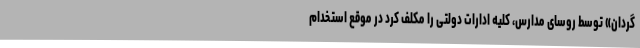
گردان» توسط روسای مدارس، کلیه ادارات دولتی را مکلف کرد در موقع استخدام